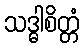
သဒ္ဓါစိတ္တံ